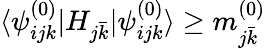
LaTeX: \langle\psi_{ijk}^{(0)}|H_{j\bar{k}}|\psi_{ijk}^{(0)}\rangle\geq m_{j\bar{k}}^{(0)}